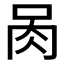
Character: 𰮄